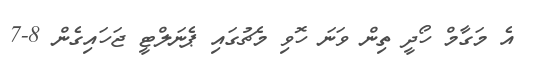
އެ މަގާމް ހޯދީ ތިން ވަނަ ހޮވި މެޗުގައި ޕެނަލްޓީ ޖަހައިގެން 8-7